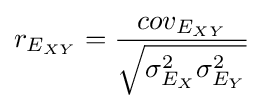
{r_{E_{XY}}}={{cov_{E_{XY}}} \over {\sqrt {\sigma _{E_{X}}^{2}\sigma _{E_{Y}}^{2}}}}